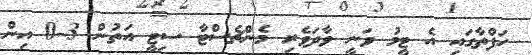
ހަފްތާގައި އެ ޓީމު ވަނީ ވާދަވެރި މެންޗެސްޓާ ސިޓީ އަތުން 3-0 އިން